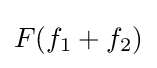
F(f_{1}+f_{2})